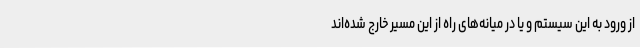
از ورود به این سیستم و یا در میانه‌های راه از این مسیر خارج شده‌اند